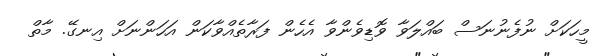
މީހަކަށް ނުފެނުނަސް ބައްލަވާ ވޮޑިވެންވާ އެހެން ފަރާތެއްވާކަން އަހަންނަށް އިނގޭ. މާތް